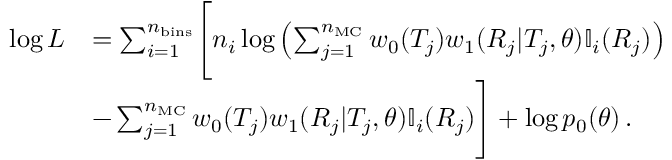
\begin{array} { r l } { \log L } & { = \sum _ { i = 1 } ^ { n _ { \mathrm { b i n s } } } \Biggl [ n _ { i } \log \left( \sum _ { j = 1 } ^ { n _ { \mathrm { M C } } } w _ { 0 } ( T _ { j } ) w _ { 1 } ( R _ { j } | T _ { j } , \theta ) \mathbb { I } _ { i } ( R _ { j } ) \right) } \\ & { - \sum _ { j = 1 } ^ { n _ { \mathrm { M C } } } w _ { 0 } ( T _ { j } ) w _ { 1 } ( R _ { j } | T _ { j } , \theta ) \mathbb { I } _ { i } ( R _ { j } ) \Biggr ] + \log p _ { 0 } ( \theta ) \, . } \end{array}